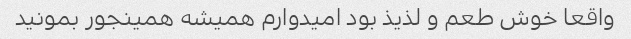
واقعا خوش طعم و لذیذ بود امیدوارم همیشه همینجور بمونید